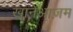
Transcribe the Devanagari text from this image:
खानेआज़म